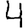
Digit: 4